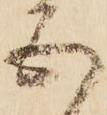
五